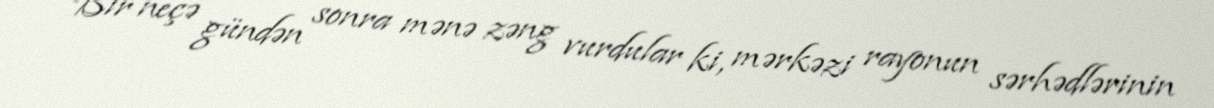
Bir neçə gündən sonra mənə zəng vurdular ki, mərkəzi rayonun sərhədlərinin